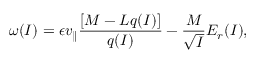
\omega ( I ) = \epsilon v _ { \parallel } \frac { [ M - L q ( I ) ] } { q ( I ) } - \frac { M } { \sqrt { I } } E _ { r } ( I ) ,